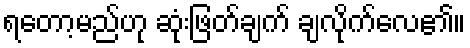
ရတော့မည်ဟု ဆုံးဖြတ်ချက် ချလိုက်လေ၏။